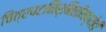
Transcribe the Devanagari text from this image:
चित्रपटनिर्मितीमध्येही